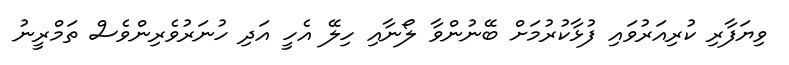
ވިޔަފާރި ކުރިއަރުވައި ފުޅާކުރުމަށް ބޭނުންވާ ލޯނާއި ހިލޭ އެހީ އަދި ހުނަރުވެރިންވެސް ތަމްރީނު